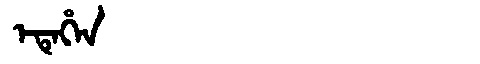
Manchu: ᡝᡨᡝᡥᡝᠨ
Romanization: ETEHEN